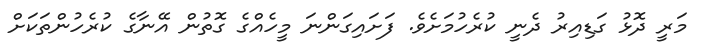
މަރީ ދޮޅު ގަޑިއިރު ދެނީ ކުރެހުމަށެވެ. ފަށައިގަންނަ މީހެއްގެ ގޮތުން އޭނާގެ ކުރެހުންތަކަށް